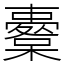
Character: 櫜